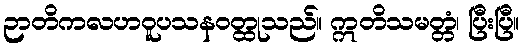
ဉာတိကလဟဝူပသနဝတ္ထုသည်။ ဣတိသမတ္တံ၊ ပြီးပြီ။